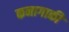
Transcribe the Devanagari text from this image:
कनागाकी